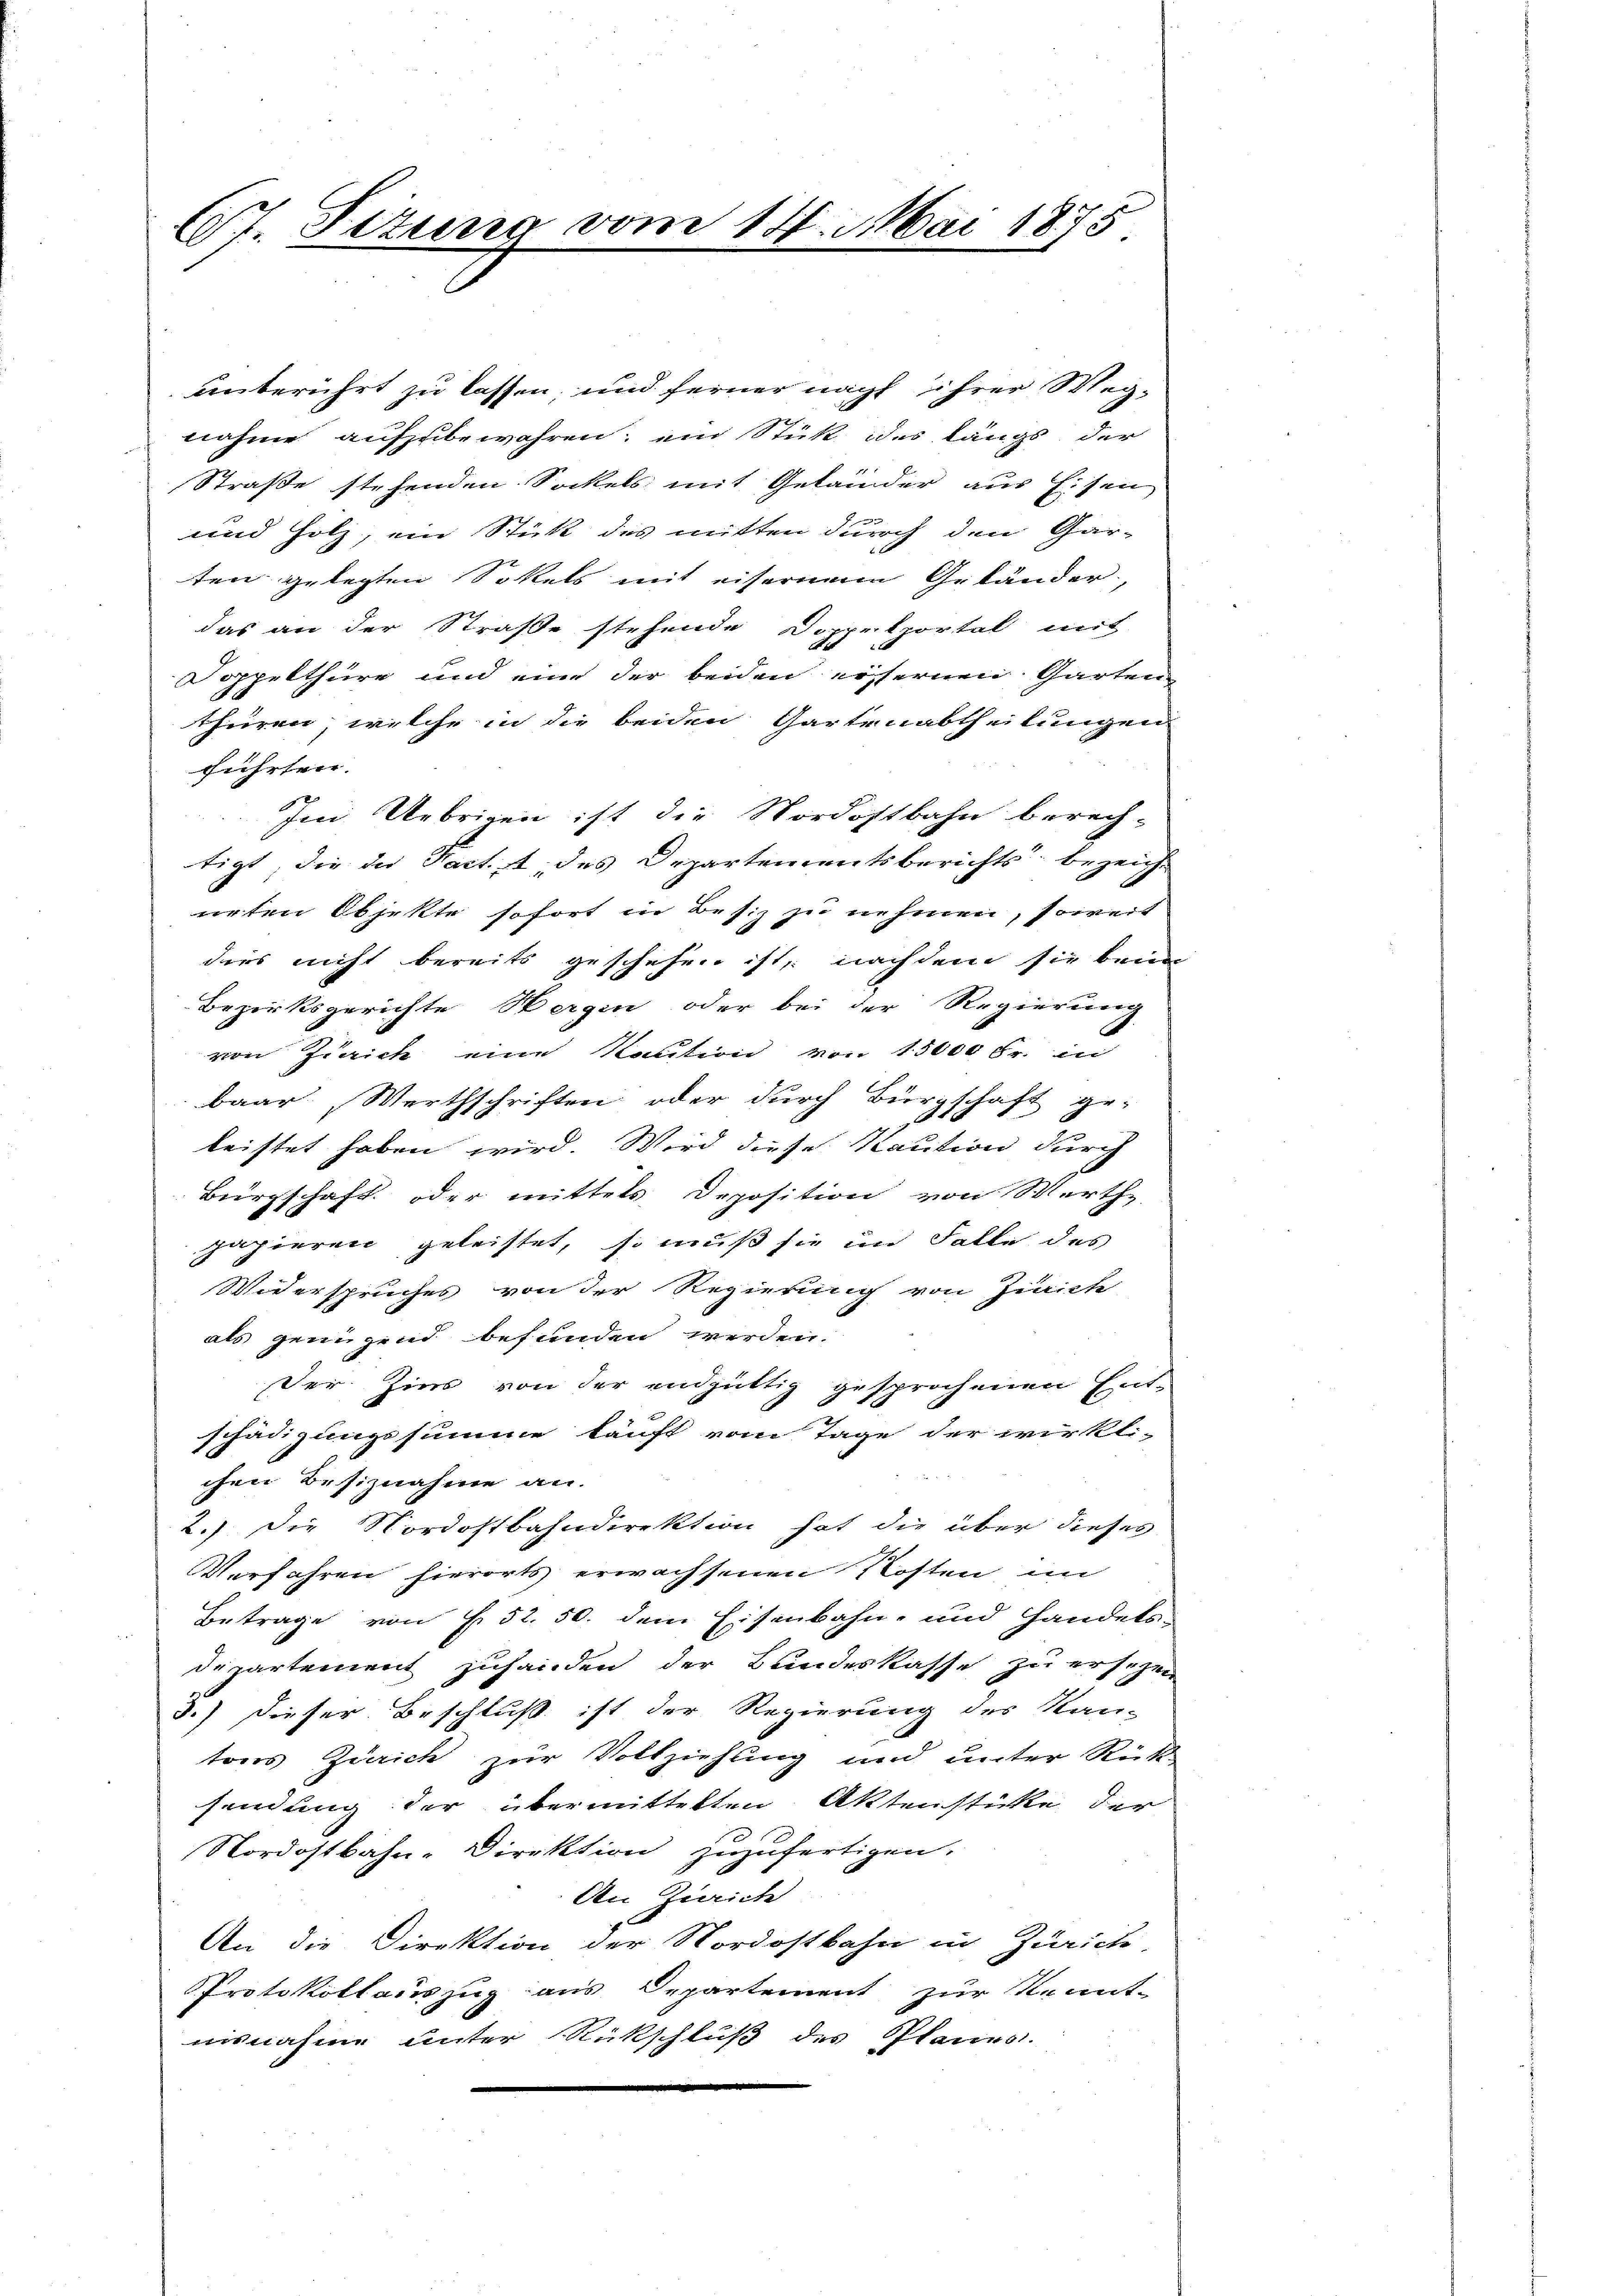
67. Sizung vom 14. Mai 1875

unberührt zu lassen und ferner nach ihrer Wegnahme aufzubewahren; ein Stück des längs der
Straße stehenden Sockels mit Geländer aus Eisen
und Holz, ein Stickt des mitten durch den Gar-
ten gelegten Sokels mit eifernen Geländer
das an der Straße stehende Doppelportal mit
Doppelthüre und eine der beiden ersternen Garten
thüren, welche in die beiden Gartenabtheilungen
führten.
Im Uebrigen ist die Nordostbahn berech-
tigt, die die Fact. des Departementsberichts bezeichneten Objekte sofort in Besiz zu nehmen, soweit
dies nicht bereits geschehen ist, nachdem sie bei
Bezirksgerichte Wergen oder bei der Regierung
von Zürich eine Kaution von 15000 Fr. in
baar Werthschriften oder durch Bürgschaft ge-
leistet haben wird. Wird diese Kaution durch
Bürgschaft oder mittels Deposition von Werthe
papieren geleistet, so muß sie im Falle des
Widerspruches von der Regierung von Zinich
als genügend befunden werden.
Der Zins von der endgültig gesprochenen Ent-
schädigungssumme kauft vom Tage der wirkli-
chen Besiznahme an.
2.) Die Nordostbahndirektion hat die über dieses
Verfahren hierorts erwachsenen Kosten im
Betrage von f. 52. 50. dem Eisenbahn- und Handels-
departement zuhanden der Bundeskasse zu ersehen
3.) Dieser Beschluß ist der Regierung des Kan-
tors Zürich zur Vollziehung und unter Rück-
sendung der übermittelten Aktenstücke der
Nordostbahn-Direktion zuzufertigen.
An Zürich
An die Direktion der Nordostbahn in Zürich,
Protokollauszug aus Departement zur Kennt-
nisnahme unter Rückschluß des Planes.